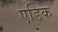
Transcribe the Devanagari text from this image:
एडिक